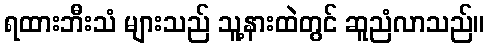
ရထားဘီးသံ များသည် သူ့နားထဲတွင် ဆူညံလာသည်။